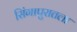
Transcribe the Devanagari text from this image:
सिंगापुरातला